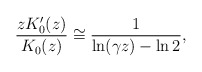
\begin{align*}\frac{zK_0'(z)}{K_0(z)} \cong \frac{1}{\ln(\gamma z) - \ln2 },\end{align*}